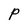
Character: P